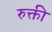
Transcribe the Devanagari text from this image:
रुक्ती